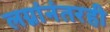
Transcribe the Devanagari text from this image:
लग्नांनंतरही